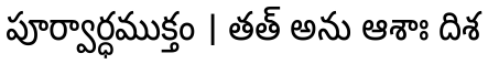
పూర్వార్ధముక్తం । తత్ అను ఆశాః దిశ